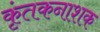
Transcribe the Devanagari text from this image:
कृंतकनाशक